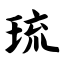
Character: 琉